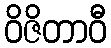
ဝိဇိတာဝီ